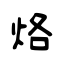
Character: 烙